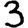
Digit: 3